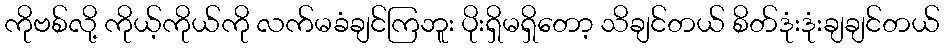
ကိုဗစ်လို့ ကိုယ့်ကိုယ်ကို လက်မခံချင်ကြဘူး ပိုးရှိမရှိတော့ သိချင်တယ် စိတ်ဒုံးဒုံးချချင်တယ်